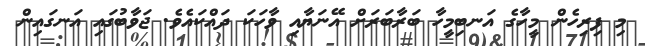
މި ފިރިހެން މީހާގެ އަނބިމީހާ ބަރާބަރަށް އޭނަޔާއި ވާހަކަ ދައްކައެވެ. ޖަވާބުގައި އަނގައިން